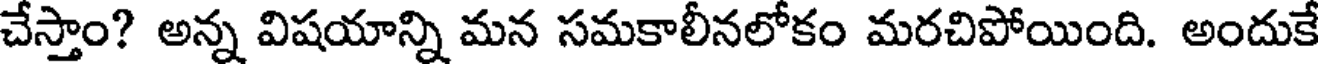
చేస్తాం? అన్న విషయాన్ని మన సమకాలీనలోకం మరచిపోయింది. అందుకే